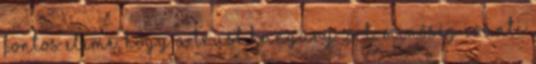
fontos eleme, hogy a Trust Hungary Zrt. minôség iránti